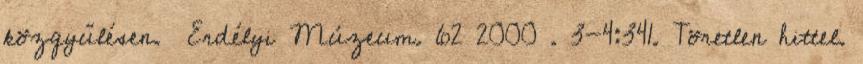
közgyűlésen. Erdélyi Múzeum. 62 2000 . 3-4:341. Töretlen hittel.